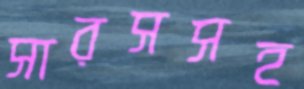
সারসসহ